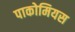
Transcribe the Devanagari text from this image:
पाकोमियस